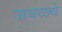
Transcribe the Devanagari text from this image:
जवळ्चे